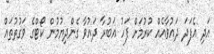
އަދި އެފަދަ ދައުވާއެއް ކުރުމަށް ފަހު އަބުރާ ދައުވާ ގެންދިޔުމުން ކޯޓްގެ ވަގުތުތައް